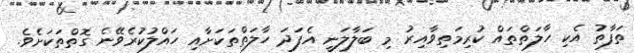
ތަފާތު އެކި ހާލަތްތައް ކުރިމަތިވާއިރު މި ބަލާލަނީ އެފަދަ ހާލަތްތަކަށާއި ހައްލުކުރެވޭނެ ގޮތްތަކަށެވެ.